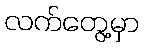
လက်တွေ့မှာ